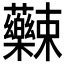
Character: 𱿌